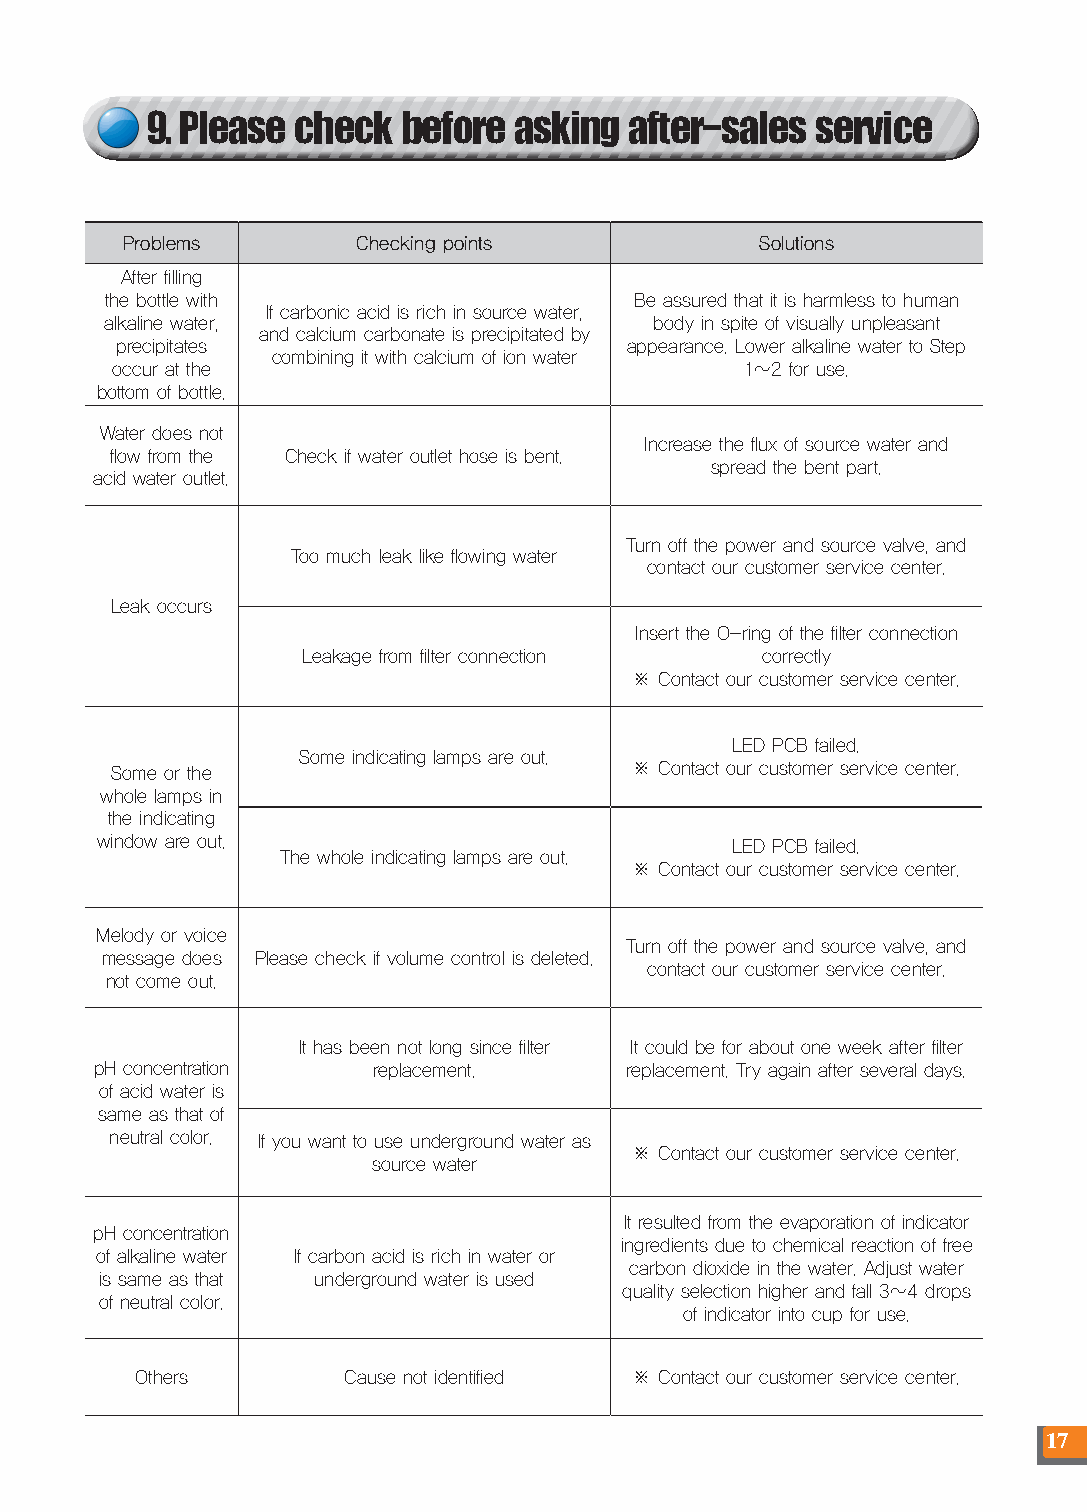
9. Please check before  asking  after-sales service
 Problems        Checking points           Solutions
 After filling
 the bottle with                    Be assured that it is harmless to human
 If carbonic acid is rich in source water,
 alkaline water,                     body in spite of visually unpleasant
 and calcium carbonate is precipitated by
 precipitates                      appearance. Lower alkaline water to Step
 combining it with calcium of ion water
 occur at the                              1~2 for use.
 bottom of bottle.
 Water does not
 Increase the flux of source water and
 flow from the Check if water outlet hose is bent.
 spread the bent part.
 acid water outlet.
 Turn off the power and source valve, and
 Too much leak like flowing water
 contact our customer service center.
 Leak occurs
 Insert the O-ring of the filter connection
 Leakage from filter connection correctly
 ※ Contact our customer service center.
 LED PCB failed.
 Some indicating lamps are out.
 Some or the                        ※ Contact our customer service center.
 whole lamps in
 the indicating
 window are out.                           LED PCB failed.
 The whole indicating lamps are out.
 ※ Contact our customer service center.
 Melody or voice
 Turn off the power and source valve, and
 message does Please check if volume control is deleted.
 contact our customer service center.
 not come out.
 It has been not long since filter It could be for about one week after filter
 pH concentration   replacement.    replacement. Try again after several days.
 of acid water is
 same as that of
 neutral color. If you want to use underground water as
 ※ Contact our customer service center.
 source water
 It resulted from the evaporation of indicator
 pH concentration
 ingredients due to chemical reaction of free
 of alkaline water If carbon acid is rich in water or
 carbon dioxide in the water. Adjust water
 is same as that underground water is used
 quality selection higher and fall 3~4 drops
 of neutral color.
 of indicator into cup for use.
 Others        Cause not identified ※ Contact our customer service center.
 17